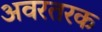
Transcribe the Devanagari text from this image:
अवरतरक